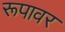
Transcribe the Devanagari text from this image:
रूपावर